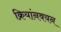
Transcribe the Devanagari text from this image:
क्रियांनवयन